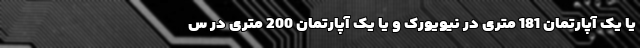
یا یک آپارتمان 181 متری در نیویورک و یا یک آپارتمان 200 متری در س